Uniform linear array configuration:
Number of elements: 32
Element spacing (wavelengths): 0.5
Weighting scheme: kaiser
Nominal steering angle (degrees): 0
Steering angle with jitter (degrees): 0.6752
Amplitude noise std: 0.05
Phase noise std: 0.05

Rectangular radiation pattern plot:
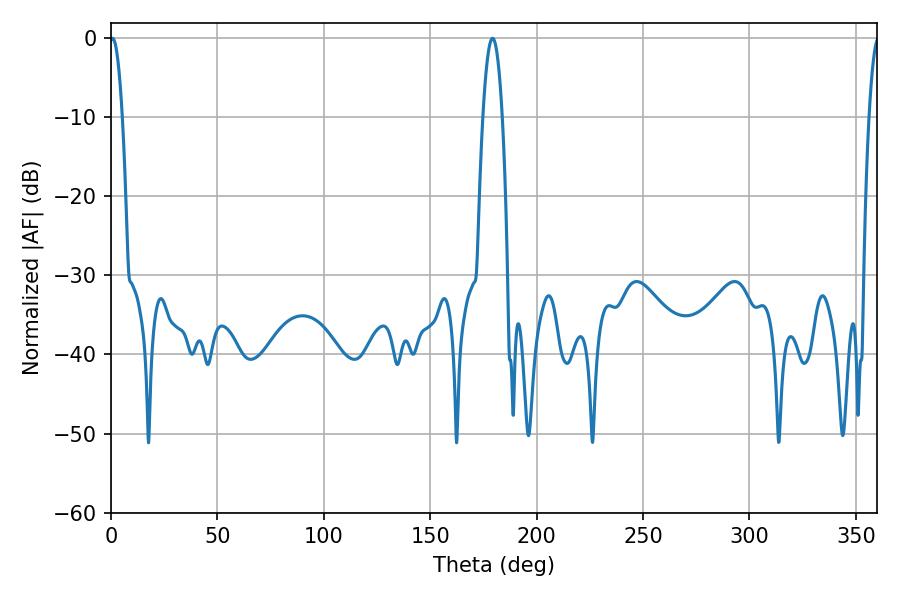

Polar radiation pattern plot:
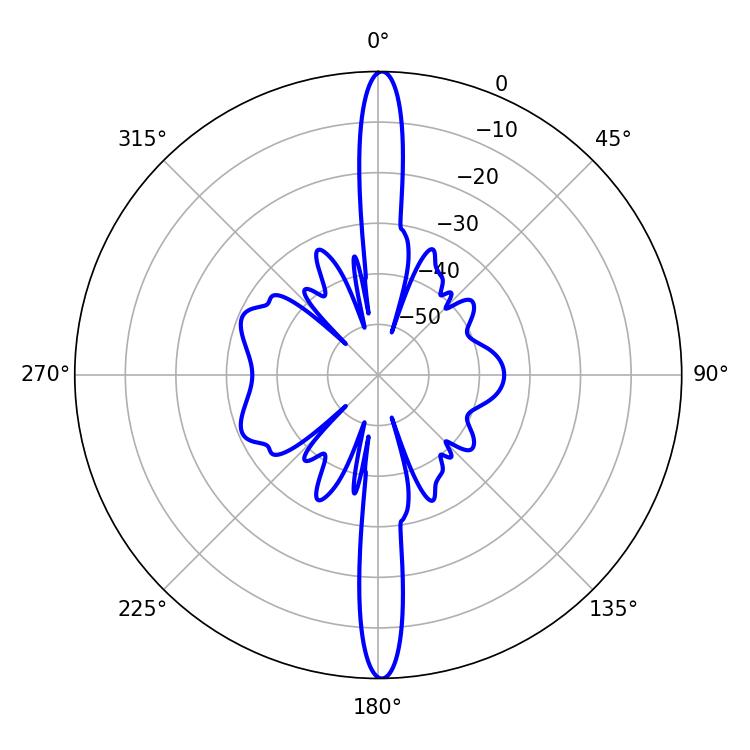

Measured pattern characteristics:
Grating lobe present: FALSE
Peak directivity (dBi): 30.002
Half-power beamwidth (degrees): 3.24
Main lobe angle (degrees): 0.72